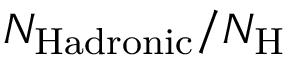
N _ { \mathrm { H a d r o n i c } } / N _ { \mathrm { H } }